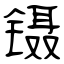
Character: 镊